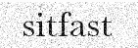
sitfast